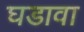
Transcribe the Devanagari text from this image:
घडावा